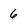
Character: 6